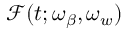
\mathcal { F } ( t ; \omega _ { \beta } , \omega _ { w } )